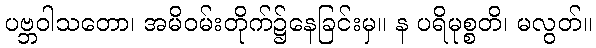
ပဗ္ဘဝါသတော၊ အမိဝမ်းတိုက်၌နေခြင်းမှ။ န ပရိမုစ္စတိ၊ မလွတ်။